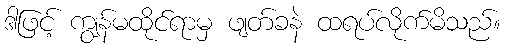
ဒါဖြင့် ကျွန်မထိုင်ရာမှ ဖျတ်ခနဲ ထရပ်လိုက်မိသည်။